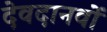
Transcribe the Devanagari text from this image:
देवदानवों